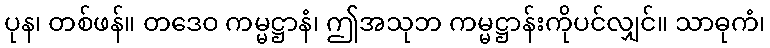
ပုန၊ တစ်ဖန်။ တဒေဝ ကမ္မဋ္ဌာနံ၊ ဤအသုဘ ကမ္မဋ္ဌာန်းကိုပင်လျှင်။ သာဓုကံ၊